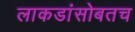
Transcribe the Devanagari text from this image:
लाकडांसोबतच